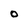
Character: O